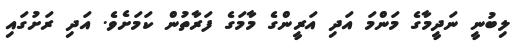
ލިބުނީ ނަދީމާގެ މަންމަ އަދި އަރީންގެ މާމަގެ ފަރާތުން ކަމަށެވެ. އަދި ރަށުގައި